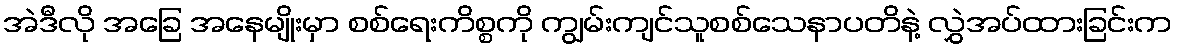
အဲဒီလို အခြေ အနေမျိုးမှာ စစ်ရေးကိစ္စကို ကျွမ်းကျင်သူစစ်သေနာပတိနဲ့ လွှဲအပ်ထားခြင်းက